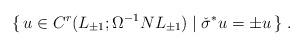
LaTeX: \begin{align*}\{\,u\in C^r(L_{\pm1};\Omega^{-1}NL_{\pm1})\mid\check\sigma^*u=\pm u\,\}\;.\end{align*}